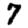
Digit: 7